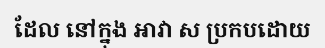
ដែល នៅក្នុង អាវា ស ប្រកបដោយ